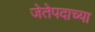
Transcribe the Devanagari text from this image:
जेतेपदाच्या